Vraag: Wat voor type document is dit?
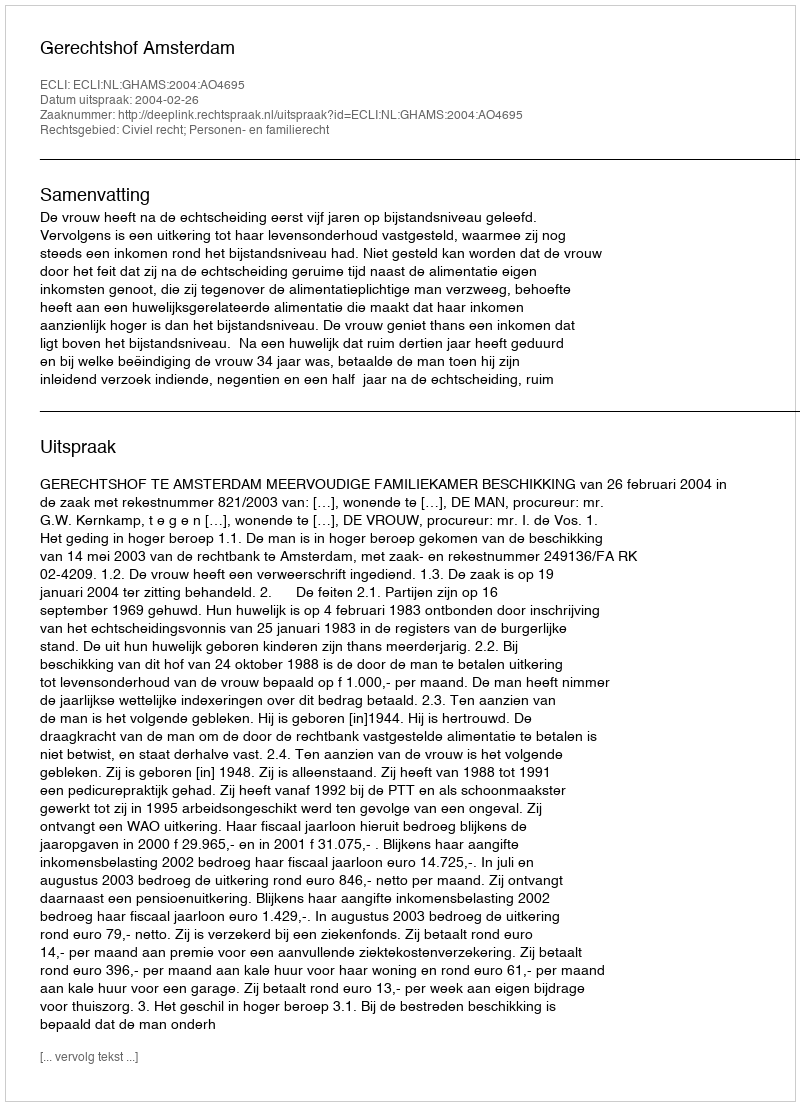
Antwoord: Uitspraak